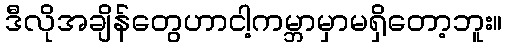
ဒီလိုအချိန်တွေဟာငါ့ကမ္ဘာမှာမရှိတော့ဘူး။